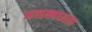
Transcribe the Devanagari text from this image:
असम्बध्धता